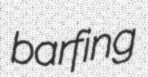
barfing